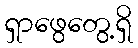
ရှာဖွေတွေ့ရှိ